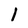
Character: 1